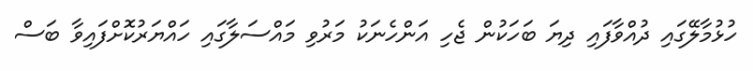
ހުޅުމާލޭގައި ދުއްވާފައި ދިޔަ ބަހަކުން ޖެހި އަންހެނަކު މަރުވި މައްސަލާގައި ހައްޔަރުކޮށްފައިވާ ބަސް